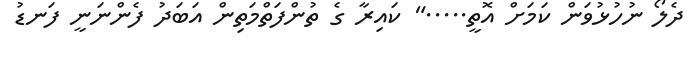
ދެލޯ ނުހުޅުވަން ކަމަށް އޮތީ....." ކައިރާ ގެ ތުންފަތްމަތިން އަބަދު ފެންނަނީ ފަނޑު